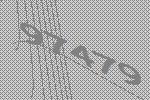
97479